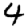
Digit: 4